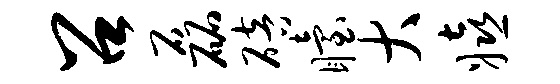
召磊碚眙大嬉